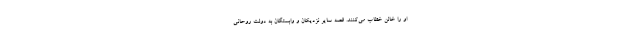
او را خائن خطاب می‌کنند. قصه سایر نزدیکان و وابستگان به دولت روحانی